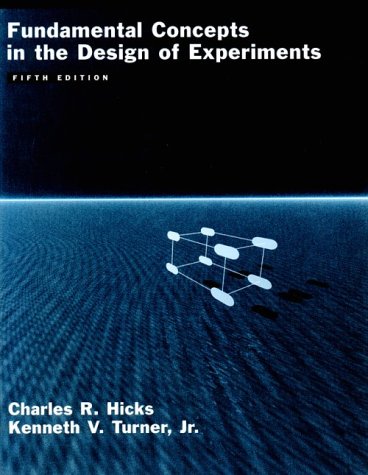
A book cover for Fundamental Concepts in the Design of Experiments; Charles R. Hicks; Science & Math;